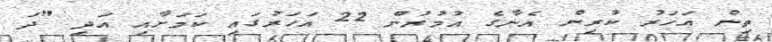
ތިން އަހަރު ކުރިން އެނާގެ އުމުރުން 22 އަހަރުގައި ކަމަށާއި އަދި "ދަ